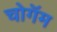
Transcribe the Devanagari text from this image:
चोगॅम